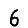
Digit: 6